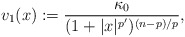
\begin{align*}v_1(x) := \frac{\kappa_0}{(1+|x|^{p'})^{(n-p)/p}},\end{align*}